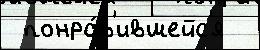
 понра́в'ившейс'я